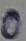
Text: 0